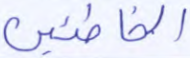
الخاطئين